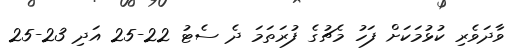
ވާދަވެރި ކުޅުމަކަށް ފަހު މެޗުގެ ފުރަތަމަ ދެ ސެޓު 22-25 އަދި 23-25